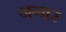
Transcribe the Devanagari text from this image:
नगार